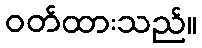
ဝတ်ထားသည်။